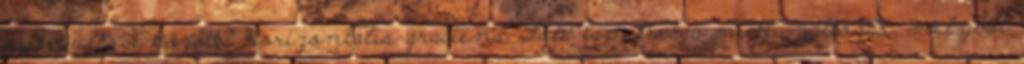
gyorsulásai között? Horizontális gradiens Föld lapultsága miatti változás, melyből